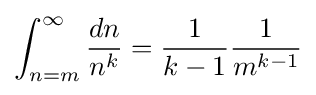
\int _{n=m}^{\infty }{\frac {dn}{n^{k}}}={\frac {1}{k-1}}{\frac {1}{m^{k-1}}}